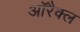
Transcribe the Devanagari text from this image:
ऑरैक्ल